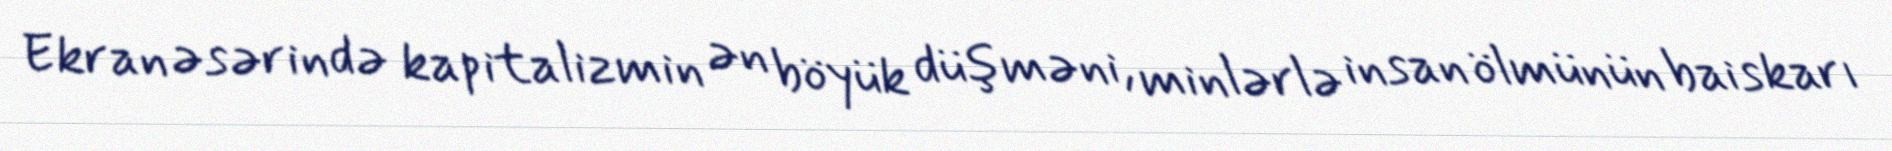
Ekran əsərində kapitalizmin ən böyük düşməni, minlərlə insan ölmünün baiskarı